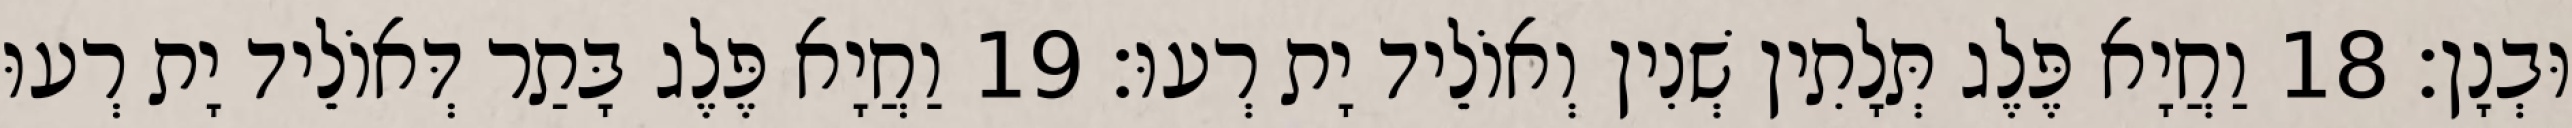
וּבְנָן׃ 18 וַחֲיָא פֶּלֶג תְּלָתִין שְׁנִין וְאוֹלֵיד יָת רְעוּ׃ 19 וַחֲיָא פֶּלֶג בָּתַר דְּאוֹלֵיד יָת רְעוּ